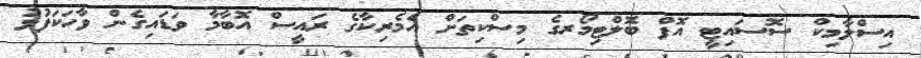
އިސްލާމިކް ސޮސައިޓީ އޮފް ބޮލްޓިމޯރގެ މިސްކިތަށް އެމެރިކާގެ ރައީސް އޮބާމާ ވަޑައިގެން ވާހަކަފުޅު